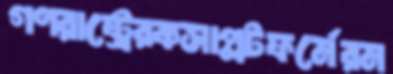
গণরাষ্ট্রেরকসাপ্লটফর্মেরম